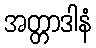
အတ္တာဒါနံ